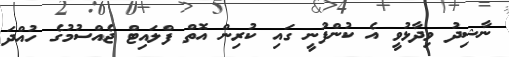
ނާޝިދު ވިދާޅުވީ އެ ކުންފުނީ ގައި ކުރިން އޮތް ފްލައިޓް ޖެއްސުމުގެ ހުއްދަ